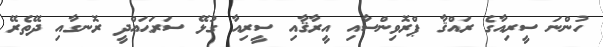
ހުންނަ ސީރިއާގެ ރައްޤާ ޕްރޮވިންސާއި އީރާޤާއި ސީރިއާ ގުޅޭ ސަރަޙައްދީ ރޮނގާއި ދޭތެރޭ